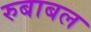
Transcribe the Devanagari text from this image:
रुबाबल